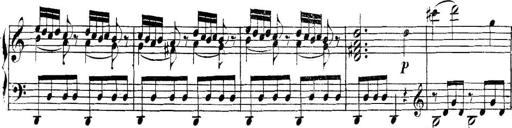
Title: Collected Piano Sonatas
Composer: Muzio Clementi